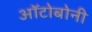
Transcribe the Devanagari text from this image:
ऑटोबोनी